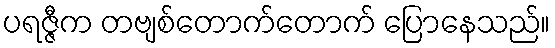
ပရဇ္ဇီက တဗျစ်တောက်တောက် ပြောနေသည်။